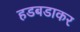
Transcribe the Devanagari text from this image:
हडबडाकर